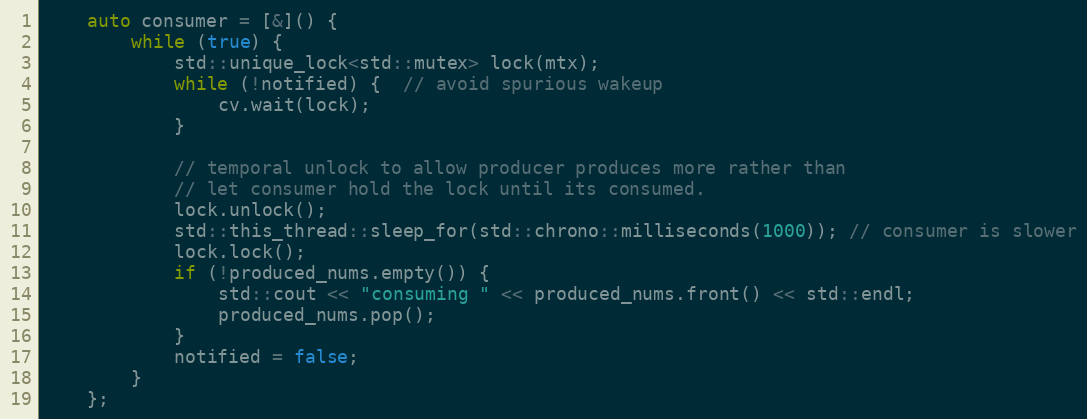
Language: C++
    auto consumer = [&]() {
        while (true) {
            std::unique_lock<std::mutex> lock(mtx);
            while (!notified) {  // avoid spurious wakeup
                cv.wait(lock);
            }

            // temporal unlock to allow producer produces more rather than
            // let consumer hold the lock until its consumed.
            lock.unlock();
            std::this_thread::sleep_for(std::chrono::milliseconds(1000)); // consumer is slower
            lock.lock();
            if (!produced_nums.empty()) {
                std::cout << "consuming " << produced_nums.front() << std::endl;
                produced_nums.pop();
            }
            notified = false;
        }
    };